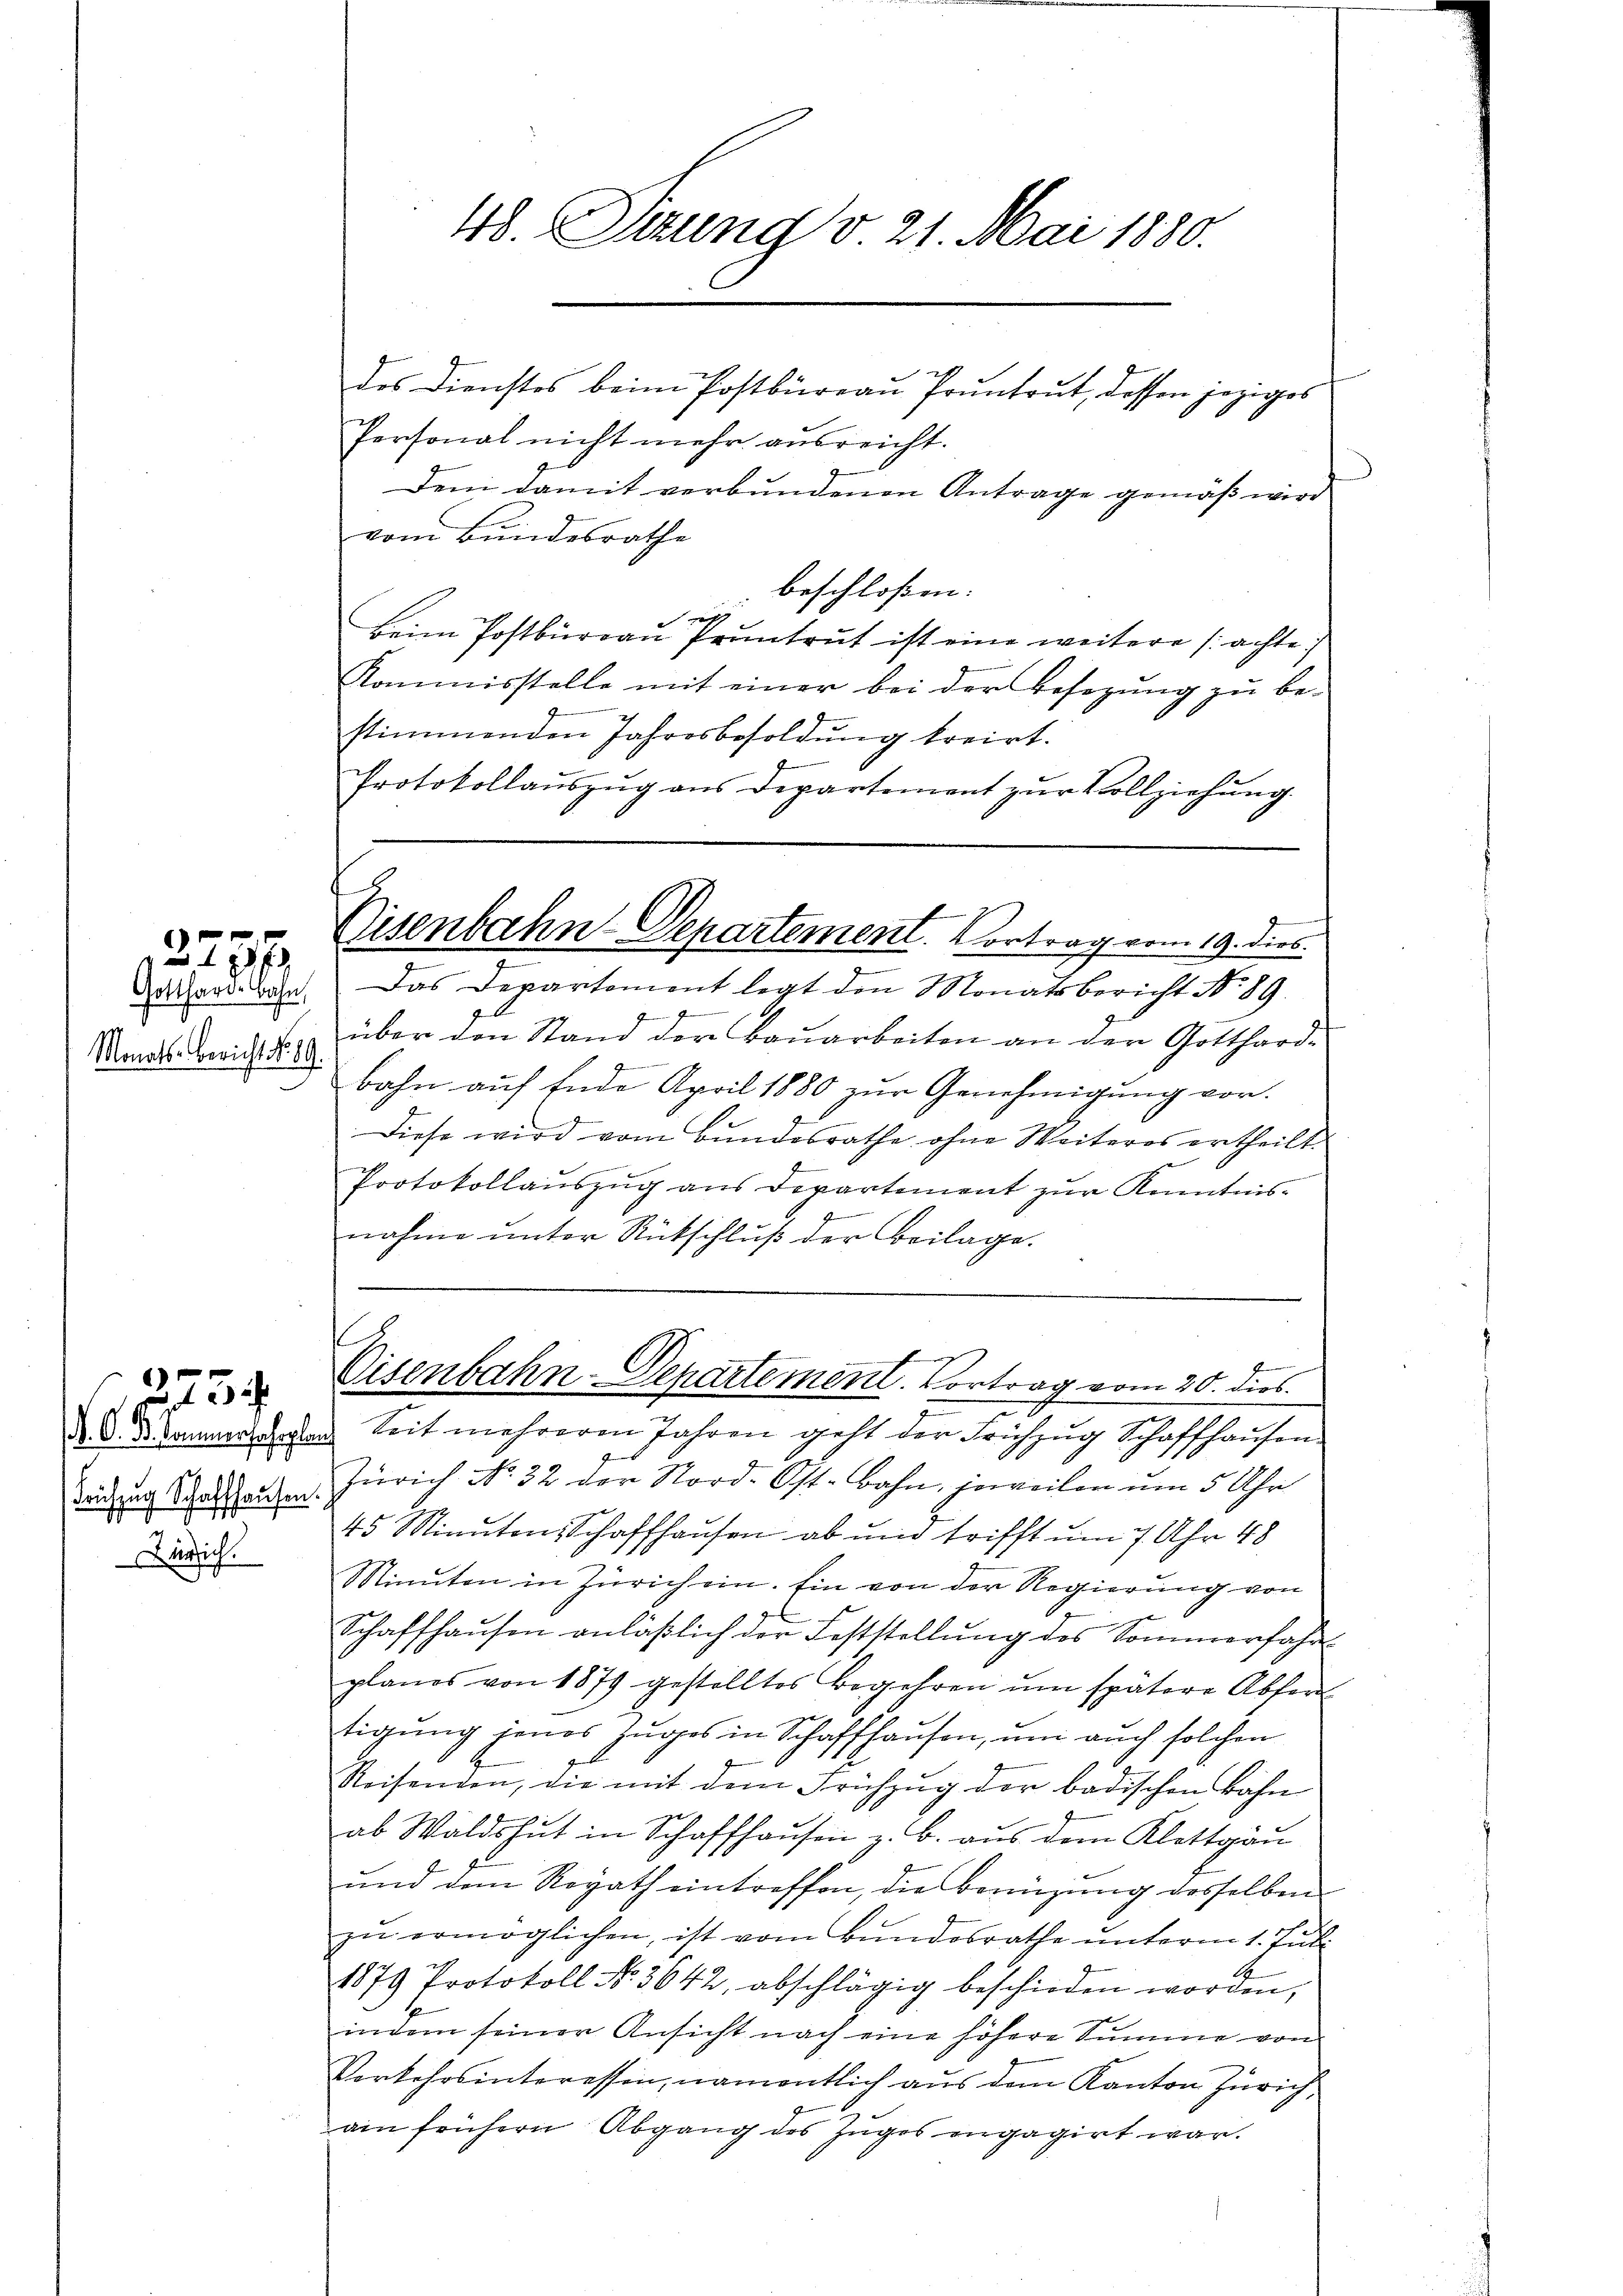
e
227/

Gotthard-Bahn,
Monats-Bericht No. 89.

N. O. B. Sommerfahrplan
Frühzug Schaffhausen.
Zürich.

225

48. Suzung v. 21. Mai 1880.

des Dienstes beim Postbüreau Pruntrut, dassen jeziges
Personal nicht mehr ausreicht.
Dem damit verbundenen Antrage gemäß wird
vom Bundesrathe
beschloßen:
a
e
Beim Postbüreau Pruntrut ist eine weitere (achte,
Kommisstelle mit einer bei der Besetzung zu be-
stimmenden Jahresbesoldung kreirt.
Protokollaŭszŭg ans Departement zŭr Vollziehŭng.

Das Departement legt den Monatsbericht Nr. 89.
e
über den Stand der Bauarbeiten an der Gotthard¬
.
bahn aŭf Ende April 1880 zŭr Genehmigŭng vor.
Diese wird vom Bundesrathe ohne Weiteres ertheilt.
Protokollaŭszŭg ans Departement zŭr Kenntnis-
g
nahme unter Rückschluß der Beilage.
u
Seit mehreren Jahren geht der Frühzŭg Schaffhausen-
Zürich No. 32 der Stord-Ost-Bahn, jeweilen um 5 Uhr
45 Minuten Schaffhausen ab und trifft um 7 Uhr 48
Minuten in Zürich ein. Ein von der Regierung von
Schaffhaŭsen anläβlich der Feststellŭng des Sommerfahr
planes von 1879 gestelltes Begehren um spätere Abfertigung jenes Zuges in Schaffhausen, um auch solchen
Reisenden, die mit dem Frühzug der badischen Bahn
ab Waldshut in Schaffhausen z. B. aus dem Klettgau
und dem Regath eintreffen, die Benüzung desselben
zu ermöglichen, ist vom Bundesrathe unterm 1. Juli
g
1879 Protokoll No 3642, abschlägig beschieden worden,
indem seiner Ansicht nach eine höhere Summe von
Verkehrsinteressin, namentlich aus dem Kanton Zürichain frühern Abgang des Zuges engagirt war.

Eisenbahn-Departement. Vortrag vom 19. dies

s
Cisenbahn-Departement. Vortrag vom 20. dies